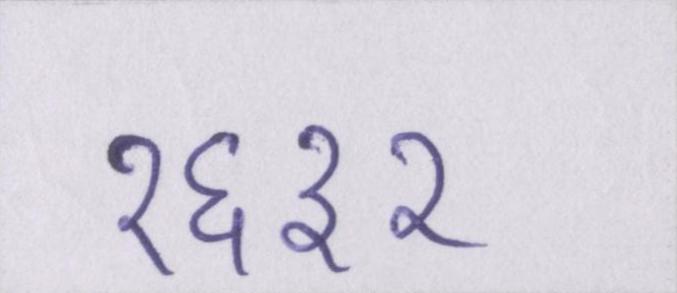
१६३२